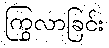
ကြွလာခြင်း